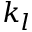
k _ { l }